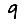
Digit: 9